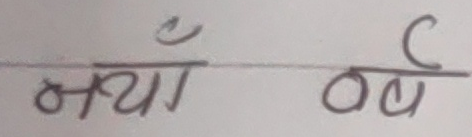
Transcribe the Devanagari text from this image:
नयाँ वर्ष